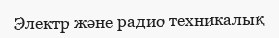
Электр және радио техникалық